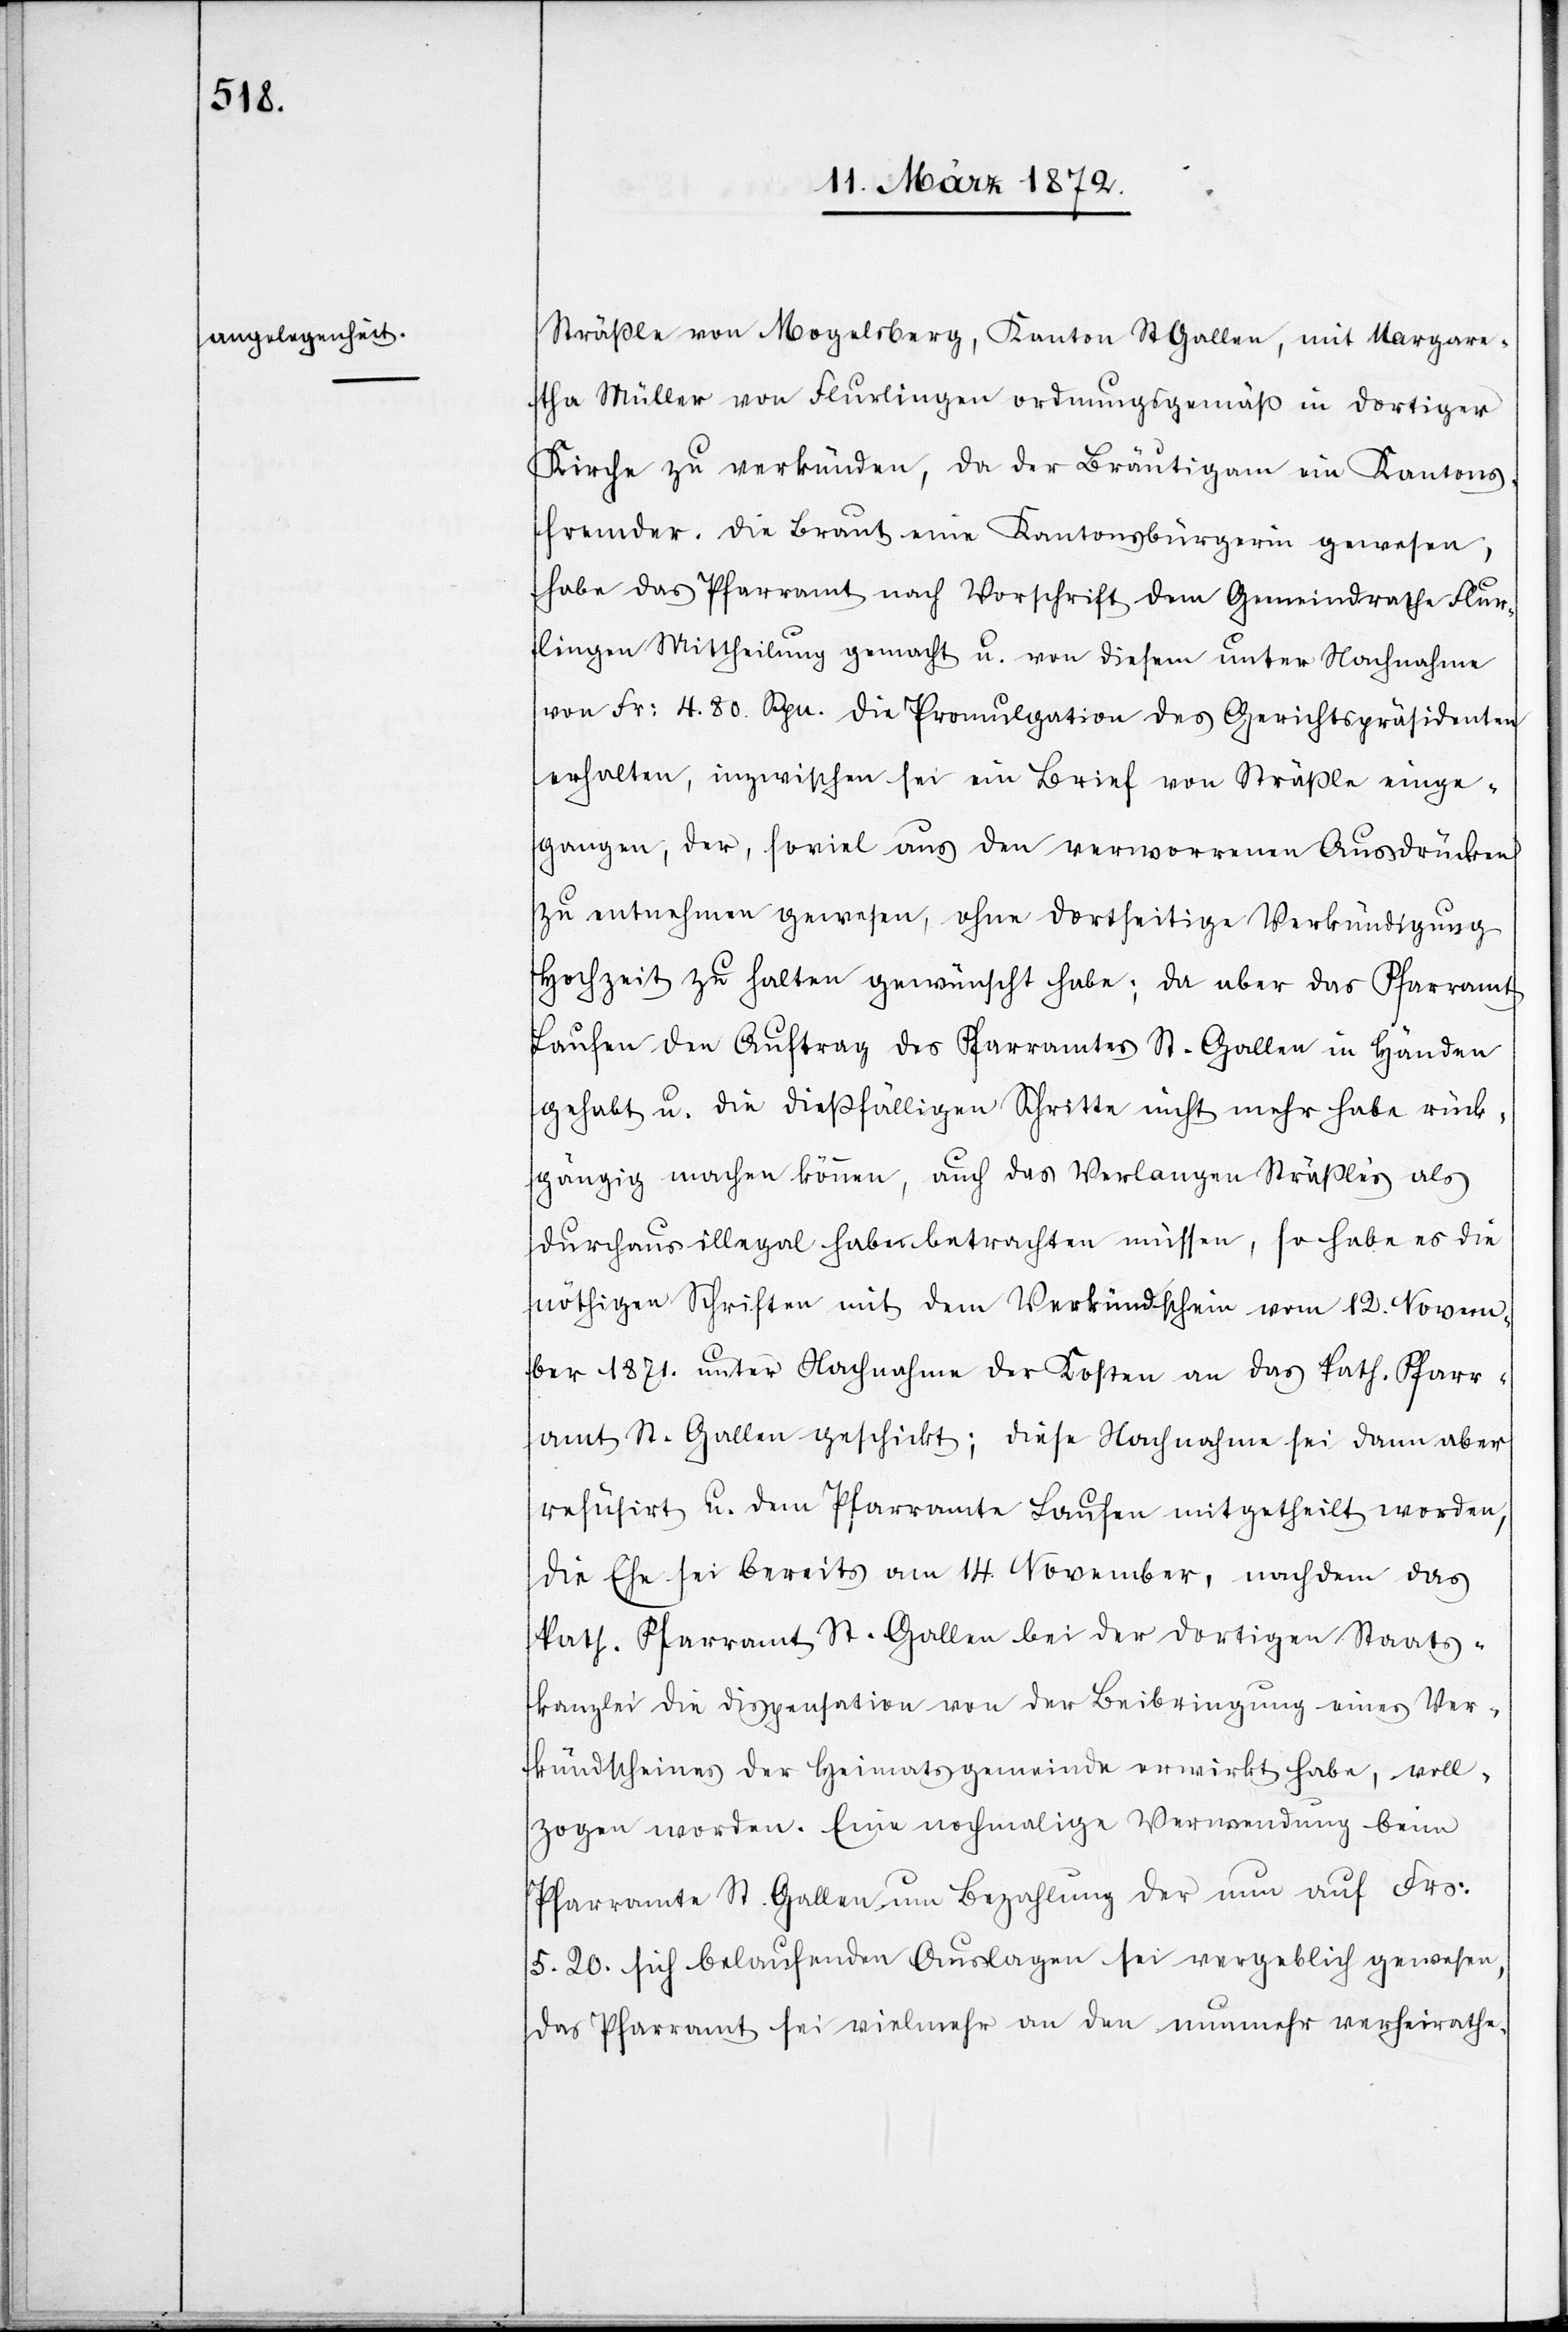
Sträßle von Mogelsberg, Kanton St. Gallen, mit Margare¬
tha Müller von Flurlingen ordnungsgemäß in dortiger
Kirche zu verkünden, da der Bräutigam ein Kantons¬
fremder. Die Braut eine Kantonsbürgerin gewesen
habe das Pfarramt nach Vorschrift dem Gemeindrathe Flur¬
lingen Mittheilung gemacht u. von diesem unter Nachnahme
von Fr: 4.80 Rpn. die Promulgation des Gerichtspräsidenten
erhalten, inzwischen sei ein Brief von Sträßle einge¬
gangen, der, soviel aus den verworrenen Ausdrücken
zu entnehmen gewesen, ohne dortseitige Verkündigung
Hochzeit zu halten gewünscht habe; da aber das Pfarramt
Laufen den Auftrag des Pfarramtes St. Gallen in Händen
gehabt u. die dießfälligen Schritte nicht mehr habe rück¬
gängig machen können, auch das Verlangen Sträßles als
durchaus illegal habe[?n] betrachten müssen, so habe es die
nöthigen Schriften mit dem Verkündschein vom 12. Novem¬
ber 1871. unter Nachnahme der Kosten an das kath. Pfarr¬
amt St. Gallen geschickt; diese Nachnahme sei dann aber
refusirt u. dem Pfarramt Laufen mitgetheilt worden,
die Ehe sei bereits am 14. November, nachdem das
kath. Pfarramt St. Gallen bei der dortigen Staats¬
kanzlei die Dispensation von der Beibringung eines Ver¬
kündscheines der Heimatsgemeinde erwirkt habe, voll¬
zogen worden. Eine nochmalige Verwendung beim
Pfarramt St. Gallen um Bezahlung der nun auf Frs:
5.20. sich belaufenden Auslagen sei vergeblich gewesen,
das Pfarramt sei vielmehr an den nunmehr verheirathe-